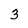
Character: 3